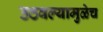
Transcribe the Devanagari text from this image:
उठवल्यामुळेच